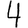
Digit: 4